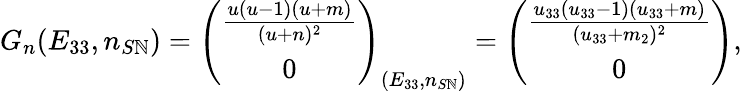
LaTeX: G_{n}(E_{33},n_{S\mathbb{N}})=\left(\begin{array}{c}{\frac{u(u-1)(u+m)}{(u+n)^{2}}}\\ {0}\end{array}\right)_{(E_{33},n_{S\mathbb{N}})}=\left(\begin{array}{c}{\frac{u_{33}(u_{33}-1)(u_{33}+m)}{(u_{33}+m_{2})^{2}}}\\ {0}\end{array}\right),